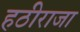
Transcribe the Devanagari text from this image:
हठीराजा